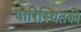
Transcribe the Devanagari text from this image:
पारिस्थितकी